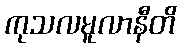
ကုသလမူလာနီတိ